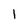
Character: 1